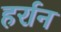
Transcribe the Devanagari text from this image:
हर्रान